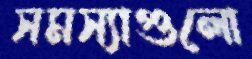
সমস্যাগুলো